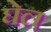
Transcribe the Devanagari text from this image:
घेल